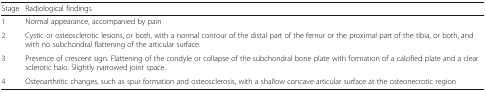
| Stage | Radiological findings |
 | --- | --- |
 | 1 | Normal appearance, accompanied by pain |
 | 2 | Cystic or osteosclerotic lesions, or both, with a normal contour of the distal part of the femur or the proximal part of the tibia, or both, and with no subchondral flattening of the articular surface. |
 | 3 | Presence of crescent sign. Flattening of the condyle or collapse of the subchondral bone plate with formation of a calcified plate and a clear sclerotic halo. Slightly narrowed joint space. |
 | 4 | Osteoarthritic changes, such as spur formation and osteosclerosis, with a shallow concave articular surface at the osteonecrotic region |